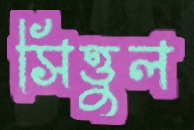
সিত্তুল